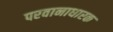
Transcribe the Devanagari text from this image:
परवानाधारक